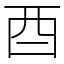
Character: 酉